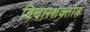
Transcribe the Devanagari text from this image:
विचारशक्तीत